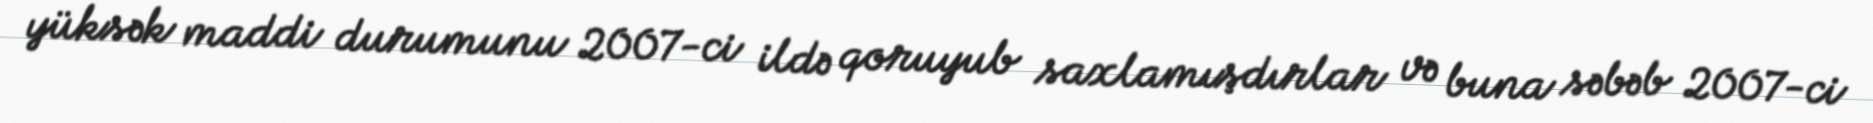
yüksək maddi durumunu 2007-ci ildə qoruyub saxlamışdırlar və buna səbəb 2007-ci